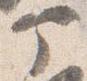
部